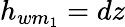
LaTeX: h_{wm_{1}}=dz